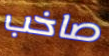
صاخب